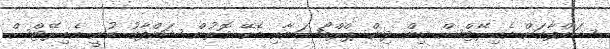
ޝައްފާގަށް އެމިރޭޓްސް އިން ދިން ޕްރްމޯޝަނާއި ބެހޭ ގޮތުން ޝައްފާގު ބުނީ އެމިިރޭޓްސް